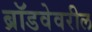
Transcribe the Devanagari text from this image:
ब्रॉडवेवरील